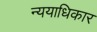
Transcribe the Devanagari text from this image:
न्ययाधिकार